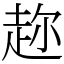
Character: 趂